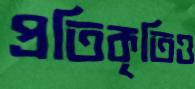
প্রতিকৃতিও